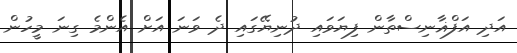
އަަދި އަފްޣާނިސްތާން ފިޔަވައި ދުނިޔޭގައި ދެ ވަނަ އަށް އެންމެ ގިނަ މީހުން